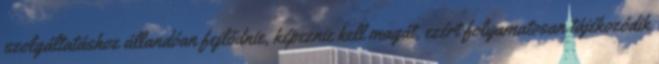
szolgáltatáshoz állandóan fejlődnie, képeznie kell magát, ezért folyamatosan tájékozódik